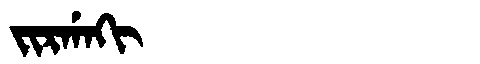
Manchu: ᠵᡳᡵᡤᠠᡴᡳ
Romanization: JIRGAKI